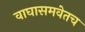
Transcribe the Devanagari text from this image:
वाघासमवेतच